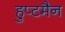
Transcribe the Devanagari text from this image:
हुप्टमैन